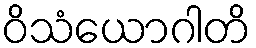
ဝိသံယောဂါတိ